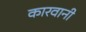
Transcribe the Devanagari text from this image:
कारवानी